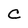
Character: C